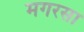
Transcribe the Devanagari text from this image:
मगरसा